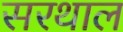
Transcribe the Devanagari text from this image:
सरथाल